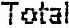
TOTAL